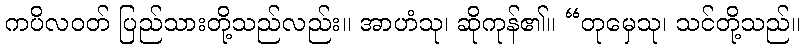
ကပိလဝတ် ပြည်သားတို့သည်လည်း။ အာဟံသု၊ ဆိုကုန်၏။ “တုမှေသု၊ သင်တို့သည်။